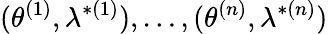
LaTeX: (\theta^{(1)},\lambda^{*(1)}),\dots,(\theta^{(n)},\lambda^{*(n)})